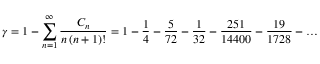
\gamma = 1 - \sum _ { n = 1 } ^ { \infty } { \frac { C _ { n } } { n \, ( n + 1 ) ! } } = 1 - { \frac { 1 } { 4 } } - { \frac { 5 } { 7 2 } } - { \frac { 1 } { 3 2 } } - { \frac { 2 5 1 } { 1 4 4 0 0 } } - { \frac { 1 9 } { 1 7 2 8 } } - \ldots